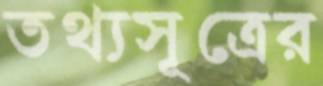
তথ্যসূত্রের